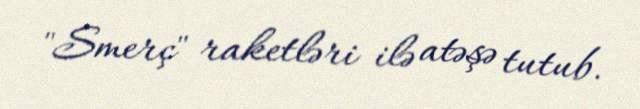
"Smerç" raketləri ilə atəşə tutub.